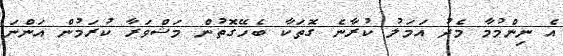
އެ ނިންމުމާ މެދު އަމަލު ކުރާނެ ގޮތަކާ ބެހޭގޮތުން މަޝްވަރާ ކުރަމުން އަންނަ